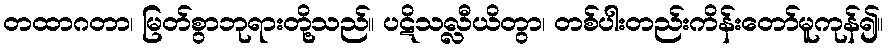
တထာဂတာ၊ မြတ်စွာဘုရားတို့သည်။ ပဋိသလ္လီယိတွာ၊ တစ်ပါးတည်းကိန်းတော်မူကုန်၍။